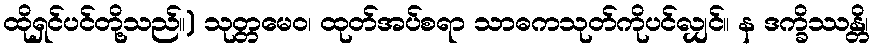
ထိုရှင်ပင်တို့သည်။) သုတ္တမေဝ၊ ထုတ်အပ်စရာ သာဓကသုတ်ကိုပင်လျှင်။ န ဒက္ခိဿန္တိ၊